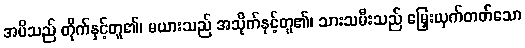
အမိသည် တိုက်နှင့်တူ၏၊ မယားသည် အသိုက်နှင့်တူ၏၊ သားသမီးသည် မြှေးယှက်တတ်သော